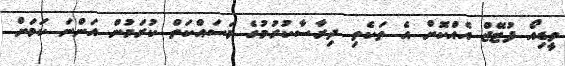
ވީޑިއޯ ފުޓޭޖް އެއްކޮށް އެ ތަކެތި ދިރާސާކުރުމުގެ މަސައްކަތް ކުރަމުން އަންނަ ކަމަށް